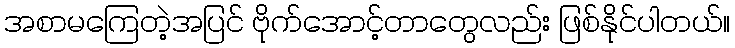
အစာမကြေတဲ့အပြင် ဗိုက်အောင့်တာတွေလည်း ဖြစ်နိုင်ပါတယ်။